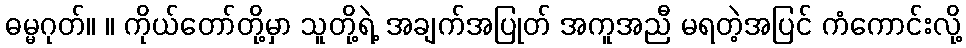
ဓမ္မဂုတ်။ ။ ကိုယ်တော်တို့မှာ သူတို့ရဲ့ အချက်အပြုတ် အကူအညီ မရတဲ့အပြင် ကံကောင်းလို့